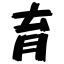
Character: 育